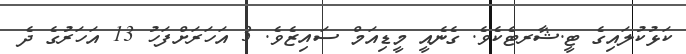
ކަޅުކުލައިގެ ޓީ.ޝާރޓެކެވެ. ގެނެއީ މީޑިއަމް ސައިޒެވެ. 3 އަހަރަށްފަހު 13 އަހަރުގެ ދެ